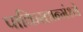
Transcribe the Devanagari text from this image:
पाकिस्तान्मंध्ये